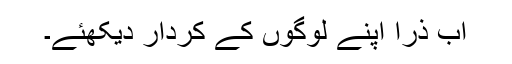
اب ذرا اپنے لوگوں کے کردار دیکھئے۔